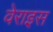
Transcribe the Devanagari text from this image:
वेराइस